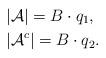
LaTeX: \begin{align*}&|\mathcal{A}|=B\cdot q_1,\\&|\mathcal{A}^c|=B\cdot q_2.\end{align*}